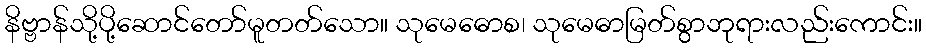
နိဗ္ဗာန်သို့ပို့ဆောင်တော်မူတတ်သော။ သုမေဓောစ၊ သုမေဓာမြတ်စွာဘုရားလည်းကောင်း။